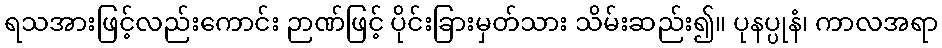
ရသအားဖြင့်လည်းကောင်း ဉာဏ်ဖြင့် ပိုင်းခြားမှတ်သား သိမ်းဆည်း၍။ ပုနပ္ပုနံ၊ ကာလအရာ